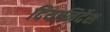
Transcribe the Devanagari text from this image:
दियानिर्देश